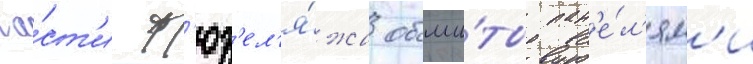
ча́ст'и ф'юз'ел'я́жа обши́ты пан'е́л'ям'и